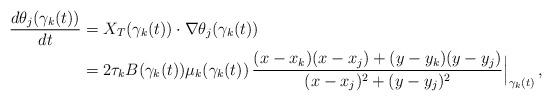
LaTeX: \begin{align*} \frac{d\theta_j(\gamma_k(t))}{dt}&=X_T(\gamma_k(t))\cdot \nabla\theta_j(\gamma_k(t))\\&=2\tau_k B(\gamma_k(t))\mu_k(\gamma_k(t))\,\frac{(x-x_k)(x-x_j)+(y-y_k)(y-y_j)}{(x-x_j)^2+(y-y_j)^2}\Big|_{\gamma_k(t)}\,, \end{align*}